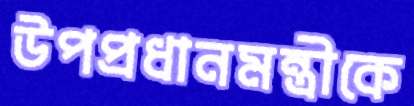
উপপ্রধানমন্ত্রীকে